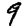
Digit: 9